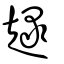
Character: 趢